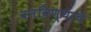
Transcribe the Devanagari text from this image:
वनविण्याचे